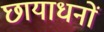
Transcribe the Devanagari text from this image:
छायाधनों